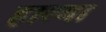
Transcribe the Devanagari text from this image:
हाल्गा